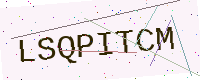
Text: LSQPITCM